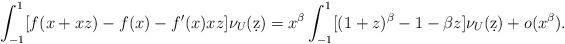
LaTeX: \begin{align*}\int_{-1}^1 [ f(x + x z) - f(x) - f'(x) x z] \nu_U (\d z)= x^\beta \int_{-1}^1 [ (1 + z)^\beta - 1 - \beta z] \nu_U (\d z)+ o(x^{\beta}).\end{align*}